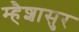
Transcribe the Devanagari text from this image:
म्हैशासुर